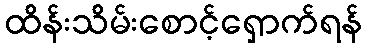
ထိန်းသိမ်းစောင့်ရှောက်ရန်